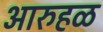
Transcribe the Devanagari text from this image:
आरुहळ